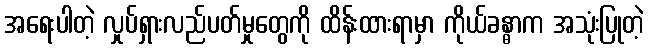
အရေးပါတဲ့ လှုပ်ရှားလည်ပတ်မှုတွေကို ထိန်းထားရာမှာ ကိုယ်ခန္ဓာက အသုံးပြုတဲ့